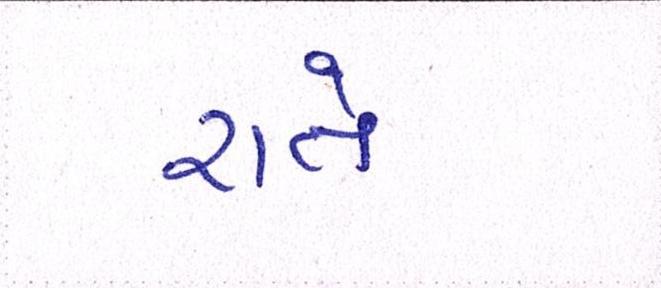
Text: રાતે